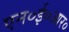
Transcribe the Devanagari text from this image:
एन०ई०आर०